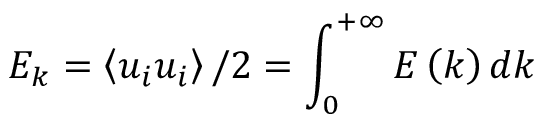
E _ { k } = \left\langle { { u _ { i } } { u _ { i } } } \right\rangle / 2 = \int _ { 0 } ^ { + \infty } { E \left( k \right) d k }